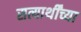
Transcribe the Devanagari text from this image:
सत्यार्थींच्या